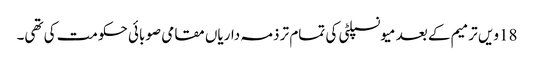
18ویں ترمیم کے بعد میونسپلٹی کی تمام تر ذمہ داریاں مقامی صوبائی حکومت کی تھی۔